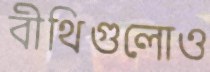
বীথিগুলোও